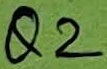
Text: Q2